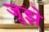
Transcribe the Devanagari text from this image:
जूझे